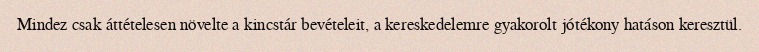
Mindez csak áttételesen növelte a kincstár bevételeit, a kereskedelemre gyakorolt jótékony hatáson keresztül.